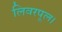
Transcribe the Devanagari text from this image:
लिवरपूल।